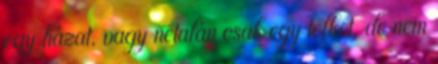
egy házat, vagy netalán csak egy telket, de nem